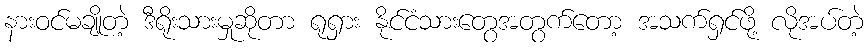
နားဝင်မချိုတဲ့ ဒီရိုးသားမှုဆိုတာ ရုရှား နိုင်ငံသားတွေအတွက်တော့ အသက်ရှင်ဖို့ လိုအပ်တဲ့